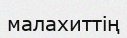
малахиттің